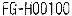
FG-H00100